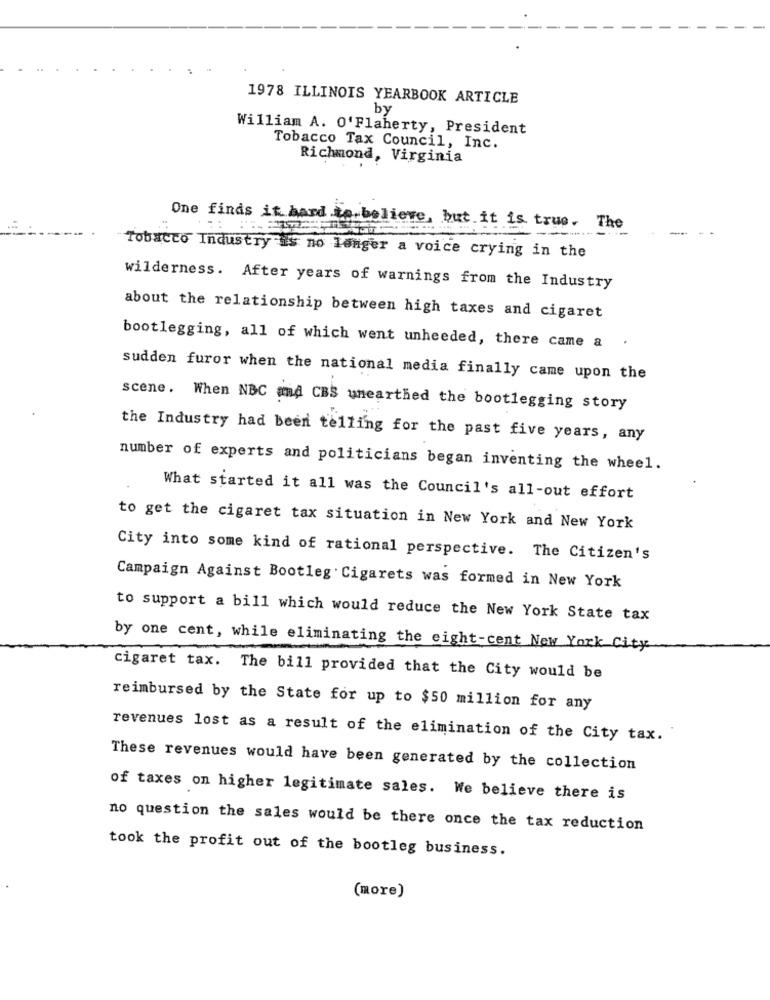
1978 ILLINOIS YEARBOOK ARTICLE
by
William A. O'Flaherty, President
Tobacco Tax Council, Inc.
Richmond, Virginia
One finds it hard to believe, but it is true. The
Tobacco Industry is no longer a voice crying in the
wilderness. After years of warnings from the Industry
about the relationship between high taxes and cigaret
bootlegging, all of which went unheeded, there came a .
sudden furor when the national media finally came upon the
scene. When NBC and CBS unearthed the bootlegging story
the Industry had been telling for the past five years, any
number of experts and politicians began inventing the wheel.
What started it all was the Council's all-out effort
to get the cigaret tax situation in New York and New York
City into some kind of rational perspective. The Citizen's
Campaign Against Bootleg Cigarets was formed in New York
to support a bill which would reduce the New York State tax
by one cent, while eliminating the eight-cent New York City
cigaret tax. The bill provided that the City would be
reimbursed by the State for up to $50 million for any
revenues lost as a result of the elimination of the City tax.
These revenues would have been generated by the collection
of taxes on higher legitimate sales. We believe there is
no question the sales would be there once the tax reduction
took the profit out of the bootleg business.
(more)